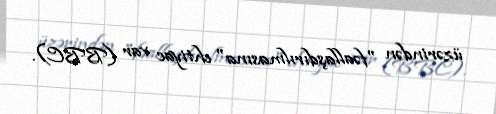
üzərindən "fəallaşdırılmasına" ehtiyac var (BBC).